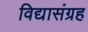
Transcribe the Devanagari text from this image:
विद्यासंग्रह